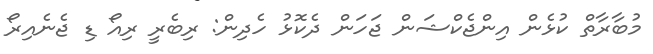
މުބާރާތް ކުޅެން އިންޖެކްޝަން ޖަހަން ދެކޮޅު ހެދިން: ރިބެރީ ރިއޯ ޑި ޖެނެއިރޯ